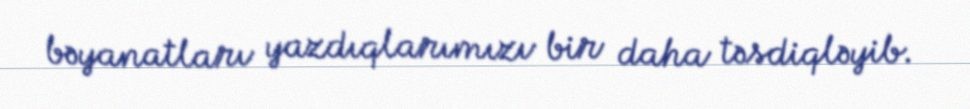
bəyanatları yazdıqlarımızı bir daha təsdiqləyib.